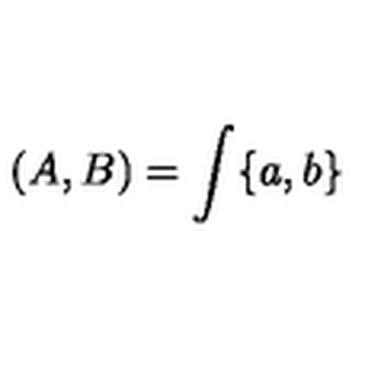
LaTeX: ( A , B ) = \int \{ a , b \}